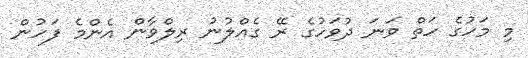
މި މަހުގެ ހަތް ވަނަ ދުވަހުގެ ރޭ ގެއްލުނު ރިލްވާން އެންމެ ފަހުން